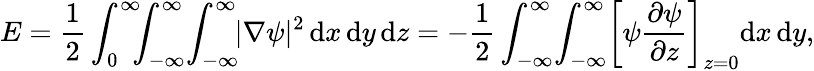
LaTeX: E=\frac{1}{2}\int_{0}^{\infty}\! \! \! \int_{-\infty}^{\infty}\! \int_{-\infty}^{\infty}\! \! |\nabla\psi|^{2}\, \textrm{d}x\, \textrm{d}y\, \textrm{d}z=-\frac{1}{2}\int_{-\infty}^{\infty}\! \int_{-\infty}^{\infty}\! \left[\psi\frac{\partial\psi}{\partial z}\right]_{z=0}\! \, \textrm{d}x\, \textrm{d}y,